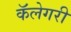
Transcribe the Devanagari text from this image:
कॅलेगरी